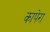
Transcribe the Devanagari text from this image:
कापेरा